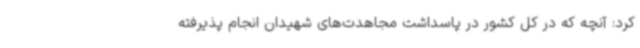
کرد: آنچه که در کل کشور در پاسداشت مجاهدت‌های شهیدان انجام پذیرفته